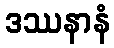
ဒဿနာနံ